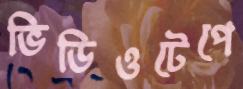
ভিডিওটেপে